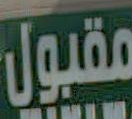
مقبول